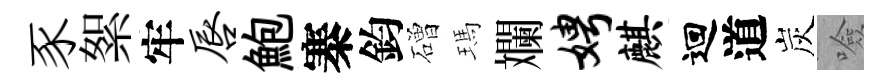
豕絮牢唇鮑寨鈞磳瑪斕娉麒迴道炭噞